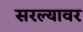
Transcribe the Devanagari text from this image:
सरल्यावर